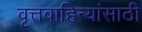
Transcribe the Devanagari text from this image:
वृत्तवाहिन्यांसाठी